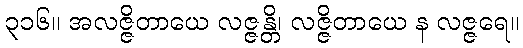
၃၁၆။ အလဇ္ဇိတာယေ လဇ္ဇန္တိ၊ လဇ္ဇိတာယေ န လဇ္ဇရေ။